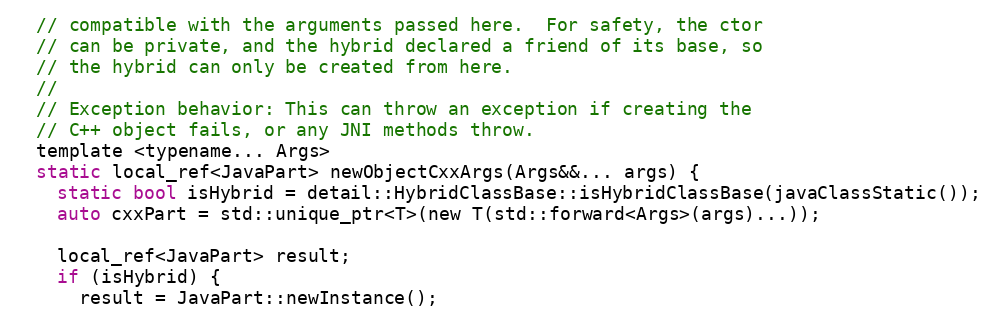
Language: C
  // compatible with the arguments passed here.  For safety, the ctor
  // can be private, and the hybrid declared a friend of its base, so
  // the hybrid can only be created from here.
  //
  // Exception behavior: This can throw an exception if creating the
  // C++ object fails, or any JNI methods throw.
  template <typename... Args>
  static local_ref<JavaPart> newObjectCxxArgs(Args&&... args) {
    static bool isHybrid = detail::HybridClassBase::isHybridClassBase(javaClassStatic());
    auto cxxPart = std::unique_ptr<T>(new T(std::forward<Args>(args)...));

    local_ref<JavaPart> result;
    if (isHybrid) {
      result = JavaPart::newInstance();